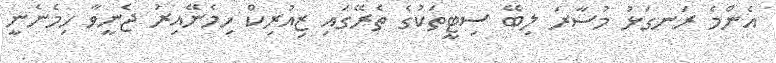
އެންމެ ރަނގަޅު މުސާރަ ލިބޭ ސިޓީތަކުގެ ތެރޭގައި ޒިއުރިކް ހިމެނޭއިރު ޖެނީވާ ހިމެނެނީ